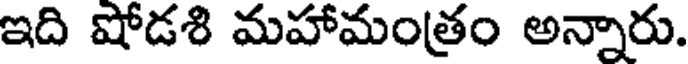
ఇది షోడశి మహామంత్రం అన్నారు.